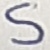
Text: S